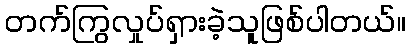
တက်ကြွလှုပ်ရှားခဲ့သူဖြစ်ပါတယ်။